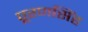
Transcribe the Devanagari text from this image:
पूरणसिंह